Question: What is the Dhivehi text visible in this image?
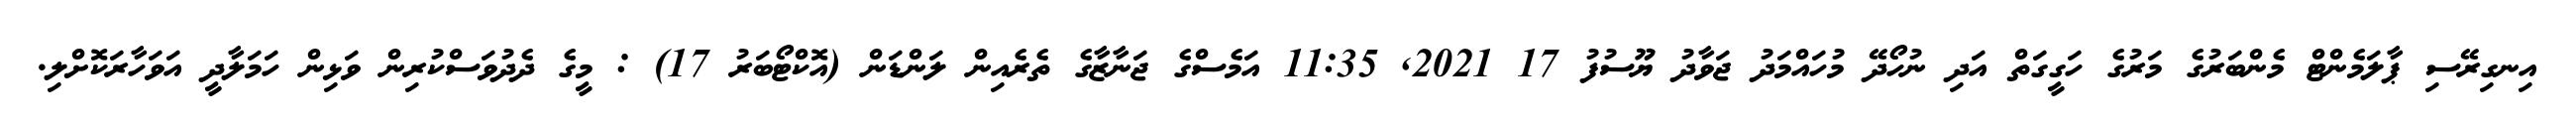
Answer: އިނގިރޭސި ޕާލަމެންޓް މެންބަރުގެ މަރުގެ ހަގީގަތް އަދި ނުހޯދޭ މުހައްމަދު ޖަވާދު ޔޫސުފު 17 2021, 11:35 އަމެސްގެ ޖަނާޒާގެ ތެރެއިން ލަންޑަން (އޮކްޓޯބަރު 17) : މީގެ ދެދުވަސްކުރިން ވަޅިން ހަމަލާދީ އަވަހާރަކޮށްލި.